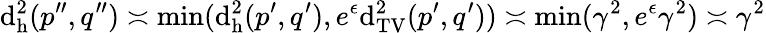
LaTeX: \mathrm{d}_{\mathrm{{h}}}^{2}(p^{\prime\prime},q^{\prime\prime})\asymp\operatorname*{min}(\mathrm{d}_{\mathrm{{h}}}^{2}(p^{\prime},q^{\prime}),e^{\epsilon}\mathrm{d}_{\mathrm{{TV}}}^{2}(p^{\prime},q^{\prime}))\asymp\operatorname*{min}(\gamma^{2},e^{\epsilon}\gamma^{2})\asymp\gamma^{2}